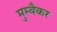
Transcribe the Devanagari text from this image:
मुम्बैकर